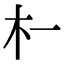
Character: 𬂜